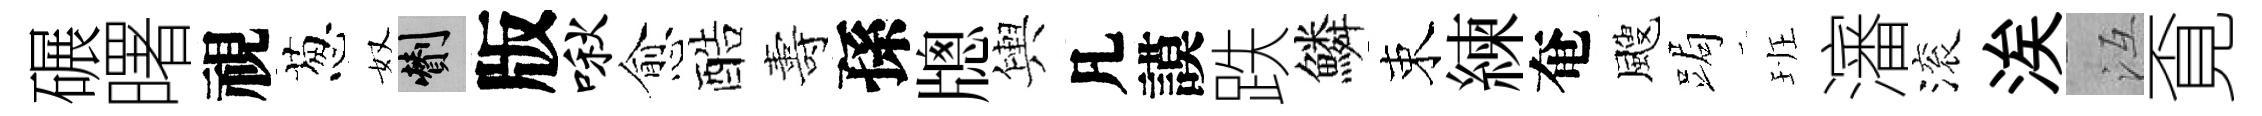
碾曙視葱奴剪版啾愈酷夀孫牕輿凡謨跌鱗束練奄颼跼班瀋滚涘冱覔